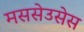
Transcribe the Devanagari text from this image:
मससेउसेस